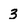
Character: 3